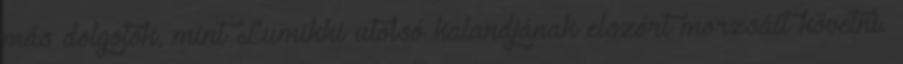
más dolgotok, mint Lumikki utolsó kalandjának elszórt morzsáit követni.